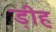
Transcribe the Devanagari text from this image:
ड़ीह